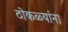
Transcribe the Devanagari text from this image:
ठोकळ्यांना